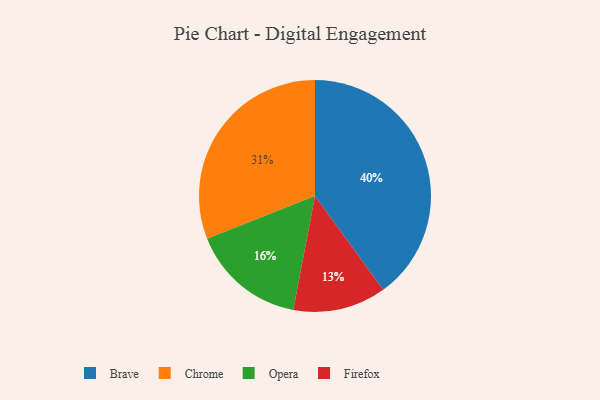
{"axis": {"x": "Category", "y": "Percentage"}, "legend": ["Brave", "Chrome", "Firefox", "Opera"], "data": [{"x": "Firefox", "y": 13, "type": "Firefox"}, {"x": "Opera", "y": 16, "type": "Opera"}, {"x": "Brave", "y": 40, "type": "Brave"}, {"x": "Chrome", "y": 31, "type": "Chrome"}]}